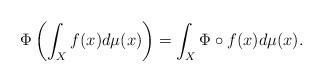
LaTeX: \begin{align*} \Phi \left( \int_X f(x) d\mu(x) \right) = \int_X \Phi \circ f(x) d\mu(x). \end{align*}